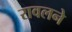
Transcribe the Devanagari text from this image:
रावलने